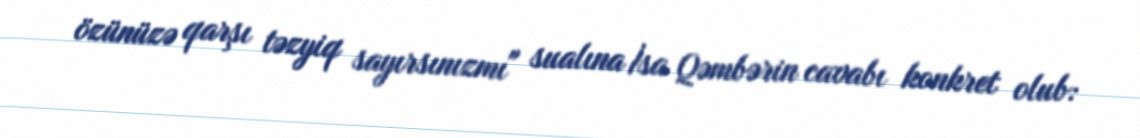
özünüzə qarşı təzyiq sayırsınızmı" sualına İsa Qəmbərin cavabı konkret olub: